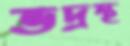
ভদ্রস্থ